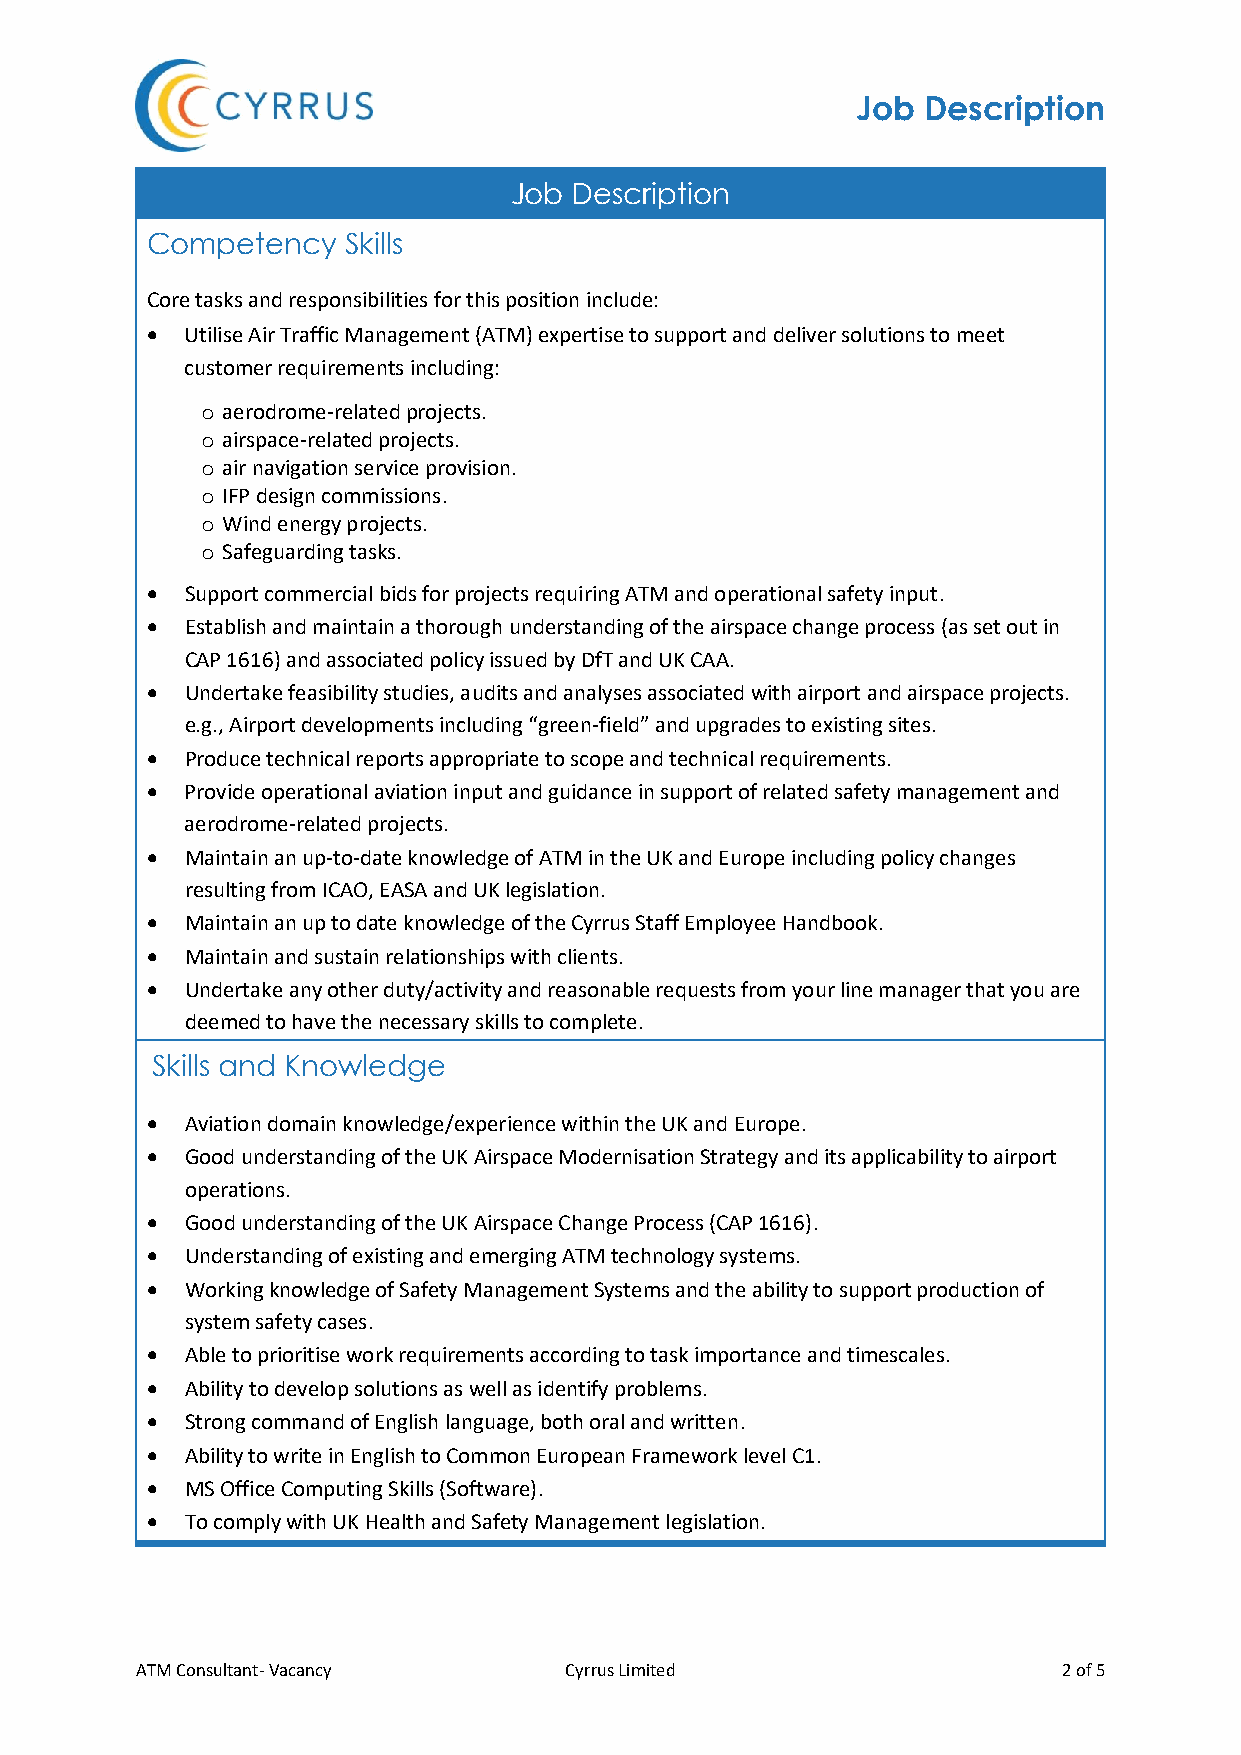
Job Description
 Job Description
 Competency   Skills
 Core tasks and responsibilities for this position include:
 • Utilise Air Traffic Management (ATM) expertise to support and deliver solutions to meet
 customer requirements including:
 o aerodrome-related projects.
 o airspace-related projects.
 o air navigation service provision.
 o IFP design commissions.
 o Wind energy projects.
 o Safeguarding tasks.
 • Support commercial bids for projects requiring ATM and operational safety input.
 • Establish and maintain a thorough understanding of the airspace change process (as set out in
 CAP 1616) and associated policy issued by DfT and UK CAA.
 • Undertake feasibility studies, audits and analyses associated with airport and airspace projects.
 e.g., Airport developments including “green-field” and upgrades to existing sites.
 • Produce technical reports appropriate to scope and technical requirements.
 • Provide operational aviation input and guidance in support of related safety management and
 aerodrome-related projects.
 • Maintain an up-to-date knowledge of ATM in the UK and Europe including policy changes
 resulting from ICAO, EASA and UK legislation.
 • Maintain an up to date knowledge of the Cyrrus Staff Employee Handbook.
 • Maintain and sustain relationships with clients.
 • Undertake any other duty/activity and reasonable requests from your line manager that you are
 deemed to have the necessary skills to complete.
 Skills and Knowledge
 • Aviation domain knowledge/experience within the UK and Europe.
 • Good understanding of the UK Airspace Modernisation Strategy and its applicability to airport
 operations.
 • Good understanding of the UK Airspace Change Process (CAP 1616).
 • Understanding of existing and emerging ATM technology systems.
 • Working knowledge of Safety Management Systems and the ability to support production of
 system safety cases.
 • Able to prioritise work requirements according to task importance and timescales.
 • Ability to develop solutions as well as identify problems.
 • Strong command of English language, both oral and written.
 • Ability to write in English to Common European Framework level C1.
 • MS Office Computing Skills (Software).
 • To comply with UK Health and Safety Management legislation.
 ATM Consultant- Vacancy     Cyrrus Limited                   2 of 5